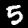
Label: 5